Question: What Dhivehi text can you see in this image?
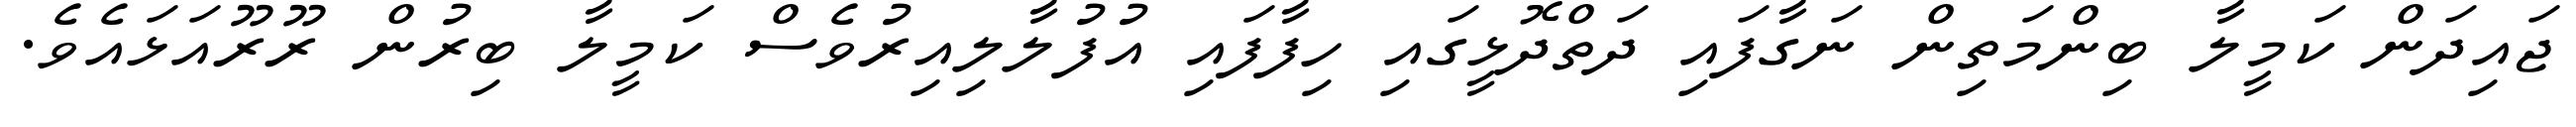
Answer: ޖައިދަން ކަމީލާ ބިންމަތިން ނަގާފައި ދަތްދޮޅީގައި ހިފާފައި އުފުލާލިއިރުވެސް ކަމީލާ ބިރުން ރޫރޫއަޅައެވެ.